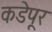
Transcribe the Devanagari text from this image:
कडेपूर